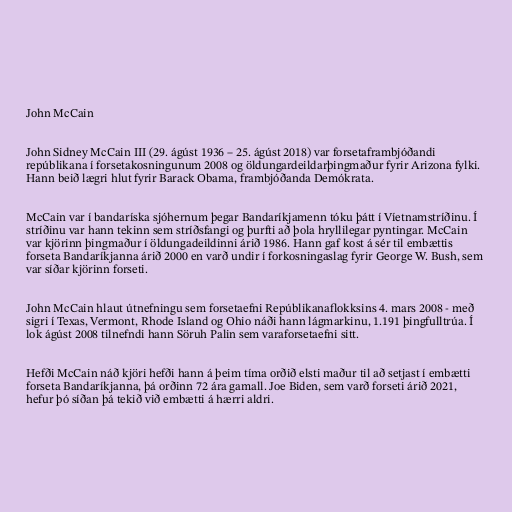
John McCain

John Sidney McCain III (29. ágúst 1936 – 25. ágúst 2018) var forsetaframbjóðandi
repúblikana í forsetakosningunum 2008 og öldungardeildarþingmaður fyrir Arizona fylki.
Hann beið lægri hlut fyrir Barack Obama, frambjóðanda Demókrata.

McCain var í bandaríska sjóhernum þegar Bandaríkjamenn tóku þátt í Víetnamstríðinu. Í
stríðinu var hann tekinn sem stríðsfangi og þurfti að þola hryllilegar pyntingar. McCain
var kjörinn þingmaður í öldungadeildinni árið 1986. Hann gaf kost á sér til embættis
forseta Bandaríkjanna árið 2000 en varð undir í forkosningaslag fyrir George W. Bush, sem
var síðar kjörinn forseti.

John McCain hlaut útnefningu sem forsetaefni Repúblikanaflokksins 4. mars 2008 - með
sigri í Texas, Vermont, Rhode Island og Ohio náði hann lágmarkinu, 1.191 þingfulltrúa. Í
lok ágúst 2008 tilnefndi hann Söruh Palin sem varaforsetaefni sitt.

Hefði McCain náð kjöri hefði hann á þeim tíma orðið elsti maður til að setjast í embætti
forseta Bandaríkjanna, þá orðinn 72 ára gamall. Joe Biden, sem varð forseti árið 2021,
hefur þó síðan þá tekið við embætti á hærri aldri.